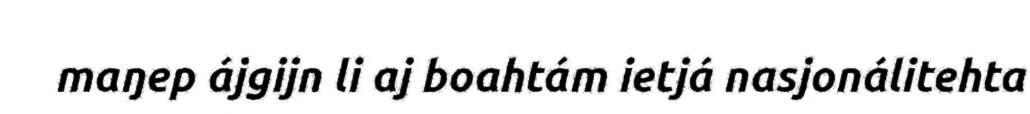
maŋep ájgijn li aj boahtám ietjá nasjonálitehta